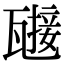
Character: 𤮌